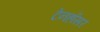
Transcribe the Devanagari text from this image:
टेनहॉसर